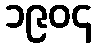
၁၉၀၄